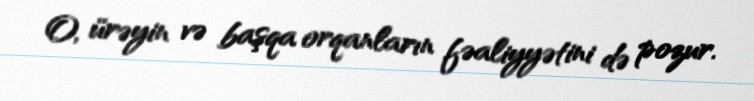
O, ürəyin və başqa orqanların fəaliyyətini də pozur.